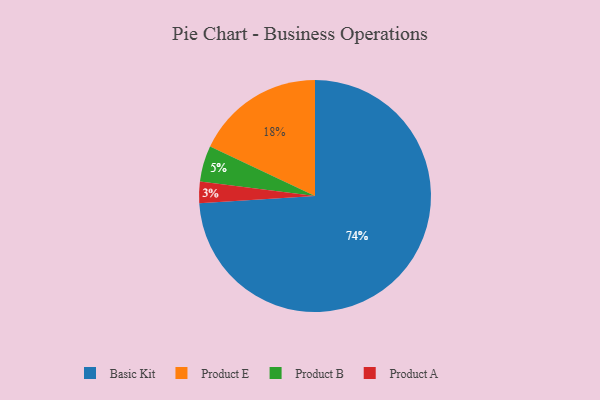
{"axis": {"x": "Category", "y": "Percentage"}, "legend": ["Basic Kit", "Product A", "Product B", "Product E"], "data": [{"x": "Basic Kit", "y": 74, "type": "Basic Kit"}, {"x": "Product E", "y": 18, "type": "Product E"}, {"x": "Product B", "y": 5, "type": "Product B"}, {"x": "Product A", "y": 3, "type": "Product A"}]}